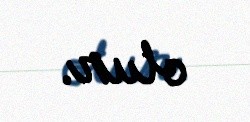
olur.